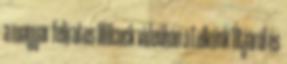
a magyar feliratos Wilcock videóban a Lelkünk Útjáról és